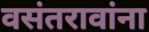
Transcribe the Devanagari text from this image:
वसंतरावांना